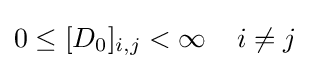
0\leq [D_{0}]_{i,j}<\infty \;\;\;\;i\neq j